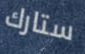
ستارك